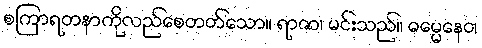
စကြာရတနာကိုလည်စေတတ်သော။ ရာဇာ၊ မင်းသည်။ ဓမ္မေနေဝ၊